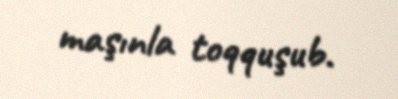
maşınla toqquşub.